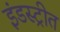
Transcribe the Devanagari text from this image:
इंडस्ट्रीत